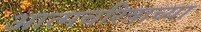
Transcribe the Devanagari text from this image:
आत्मचरित्राच्या